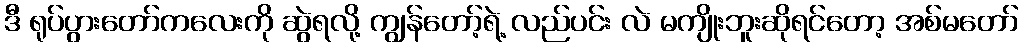
ဒီ ရုပ်ပွားတော်ကလေးကို ဆွဲရလို့ ကျွန်တော့်ရဲ့ လည်ပင်း လဲ မကျိုးဘူးဆိုရင်တော့ အစ်မတော်